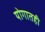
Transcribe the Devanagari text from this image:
योगातही